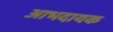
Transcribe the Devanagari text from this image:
आभदायक